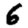
Digit: 6